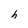
Character: h